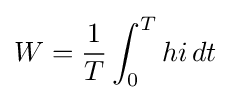
W={\frac {1}{T}}\int _{0}^{T}hi\,dt